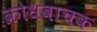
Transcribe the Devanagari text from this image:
क्रोधवाचक